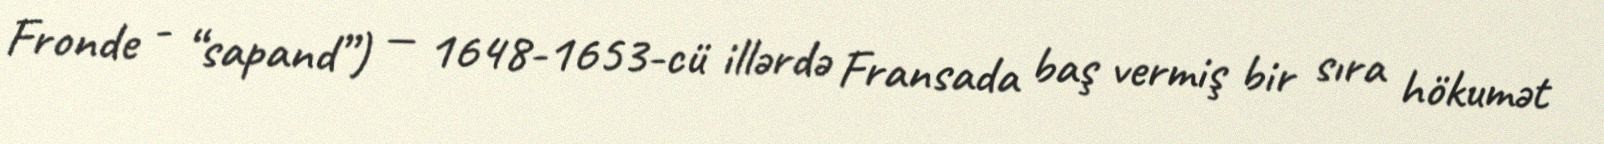
Fronde - “sapand”) — 1648-1653-cü illərdə Fransada baş vermiş bir sıra hökumət